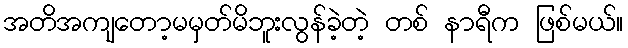
အတိအကျတော့မမှတ်မိဘူးလွန်ခဲ့တဲ့ တစ် နာရီက ဖြစ်မယ်။